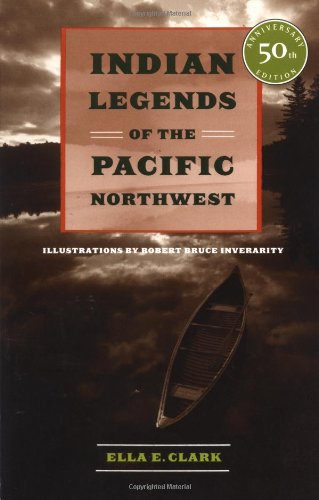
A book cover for Indian Legends of the Pacific Northwest; Ella E. Clark; Literature & Fiction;